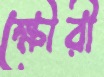
ক্ষৌরী